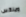
ويلكس